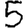
Digit: 5